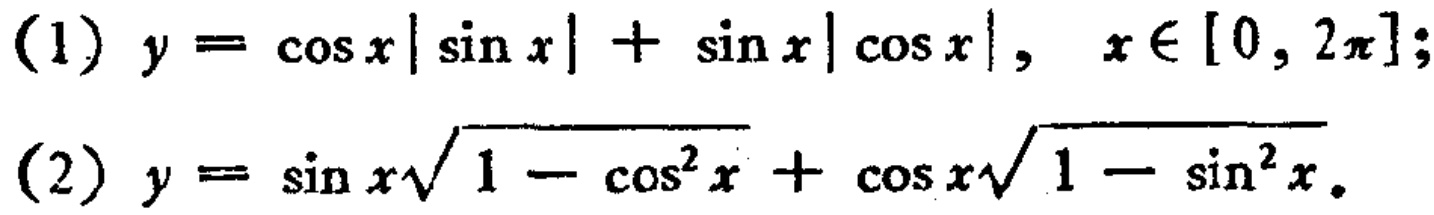
(1) \(y = \cos x|\sin x|+\sin x|\cos x|,\ x\in[0,2\pi]\);

(2) \(y = \sin x\sqrt{1 - \cos^{2}x}+\cos x\sqrt{1 - \sin^{2}x}\).